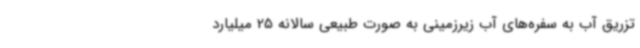
تزریق آب به سفره‌های آب زیرزمینی به صورت طبیعی سالانه 25 میلیارد